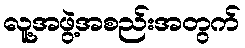
လူ့အဖွဲ့အစည်းအတွက်